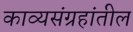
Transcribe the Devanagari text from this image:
काव्यसंग्रहांतील